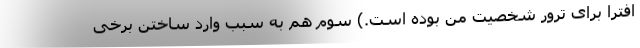
افترا برای ترور شخصیت من بوده است.) سوم هم به سبب وارد ساختن برخی